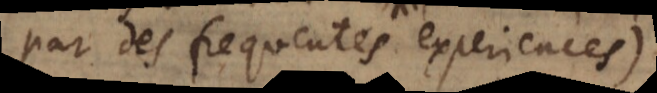
par des frequentes experiences),